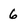
Character: 6